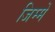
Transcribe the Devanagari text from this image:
जिम्‍में